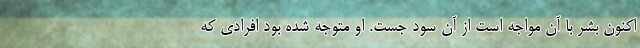
اکنون بشر با آن مواجه است از آن سود جست. او متوجه شده بود افرادی که